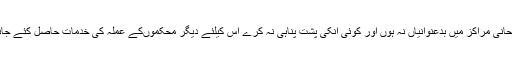
دونوں شہروں میں امتحانی مراکز میں بدعنوانیاں نہ ہوں اور کوئی انکی پشت پناہی نہ کرے اس کیلئے دیگر محکموںکے عملہ کی خدمات حاصل کئے جانے کی اطلاعات ہیں ۔